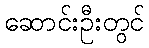
ဆောင်းဦးတွင်